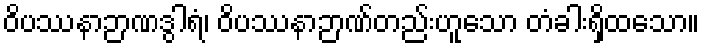
ဝိပဿနာဉာဏဒွါရံ၊ ဝိပဿနာဉာဏ်တည်းဟူသော တံခါးရှိထသော။